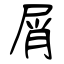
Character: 屑